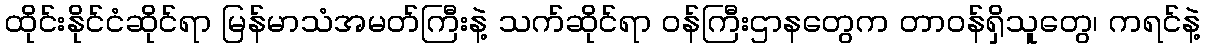
ထိုင်းနိုင်ငံဆိုင်ရာ မြန်မာသံအမတ်ကြီးနဲ့ သက်ဆိုင်ရာ ဝန်ကြီးဌာနတွေက တာဝန်ရှိသူတွေ၊ ကရင်နဲ့